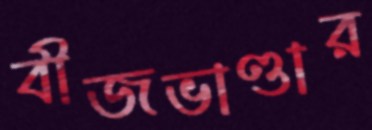
বীজভাণ্ডার